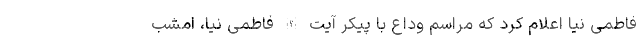
فاطمی نیا اعلام کرد که مراسم وداع با پیکر آیت الله فاطمی نیا، امشب